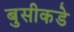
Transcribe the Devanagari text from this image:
बुसीकडे